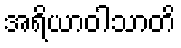
အရိယာဝါသာတိ